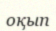
оқып